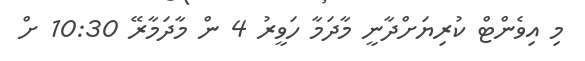
މި އިވެންޓް ކުރިޔަށްދާނީ މާދަމާ ހަވީރު 4 ން މާދަމާރޭ 10:30 ށް